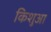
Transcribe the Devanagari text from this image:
किशुआ